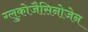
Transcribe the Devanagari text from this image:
ग्लुकोजैसिनोजेन